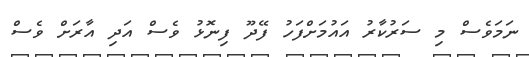
ނަމަވެސް މި ސަރުކާރު އައުމަށްފަހު ފޭދޫ ފިނޮޅު ވެސް އަދި އާރަށް ވެސް